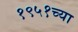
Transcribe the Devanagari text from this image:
१९५१च्या